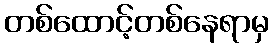
တစ်ထောင့်တစ်နေရာမှ